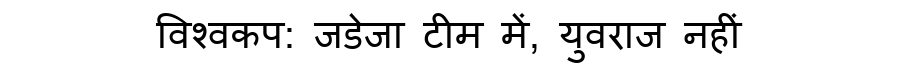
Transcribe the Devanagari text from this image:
विश्वकप: जडेजा टीम में, युवराज नहीं